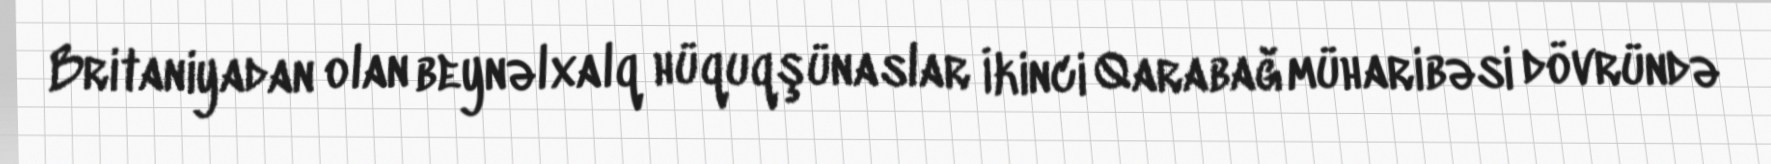
Britaniyadan olan beynəlxalq hüquqşünaslar İkinci Qarabağ müharibəsi dövründə